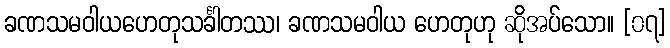
ခဏသမဝါယဟေတုသင်္ခါတဿ၊ ခဏသမဝါယ ဟေတုဟု ဆိုအပ်သော။ [၀၇]